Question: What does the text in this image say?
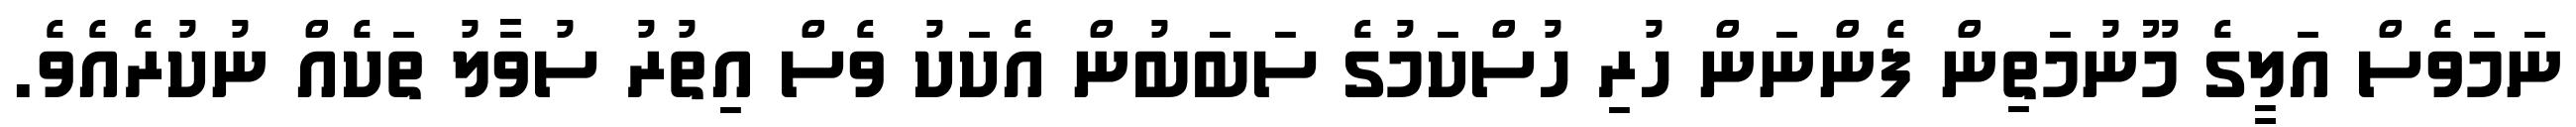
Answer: ނަމަވެސް އަލީގެ މޫނުމަތިން ފެންނަން ހުރި ހުސްކަމުގެ ސަބަބުން އެކަކު ވެސް އިތުރު ސުވާލު ތަކެއް ނުކުރެއެވެ.